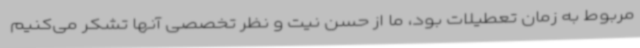
مربوط به زمان تعطیلات بود، ما از حسن نیت و نظر تخصصی آنها تشکر می‌کنیم